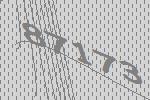
87173